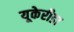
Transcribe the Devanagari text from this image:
यूकेरीडा